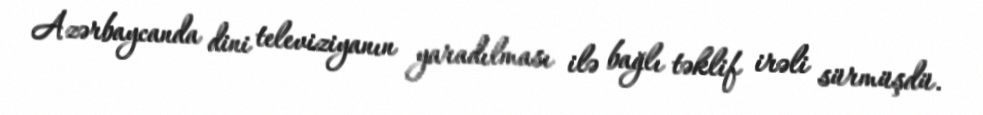
Azərbaycanda dini televiziyanın yaradılması ilə bağlı təklif irəli sürmüşdü.